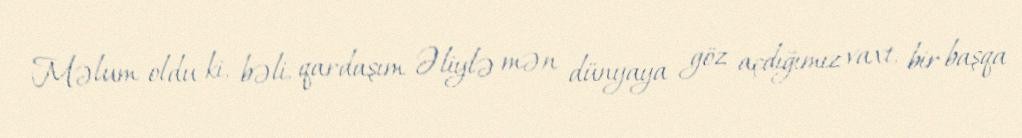
Məlum oldu ki, bəli, qardaşım Əliylə mən dünyaya göz açdığımız vaxt, bir başqa